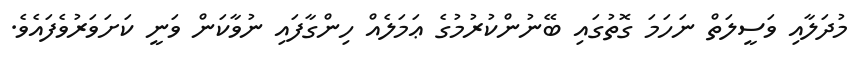
މުދަލާއި ވަސީލަތް ނަހަމަ ގޮތުގައި ބޭނުންކުރުމުގެ ޢަމަލެއް ހިންގާފައި ނުވާކަން ވަނީ ކަށަވަރުވެފައެވެ.